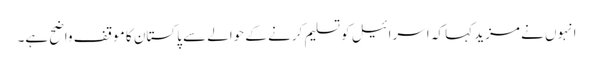
انہوں نے مزید کہا کہ اسرائیل کو تسلیم کرنے کے حوالے سے پاکستان کا موقف واضح ہے۔